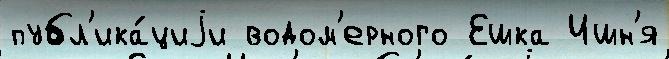
публ'ика́циjи водом'ерного Ешка Ишн'я